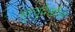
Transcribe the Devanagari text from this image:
मृत्यूदेखील